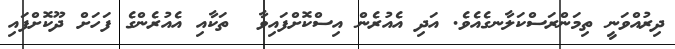
ދިރުއްވަނީ ތިމަންރަސްކަލާނގެއެވެ. އަދި އެއުރެން އިސްކޮށްފައިވާ  ތަކާއި އެއުރެންގެ ފަހަށް ދޫކޮށްފައި